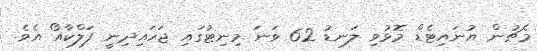
މެޗުން ޔުނައިޓެޑް މޮޅުވި ލަނޑު 62 ވަނަ މިނިޓުގައި ޖަހައިދިނީ ފަލްކާއޯ އެވެ.